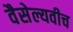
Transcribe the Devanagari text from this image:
वैसेल्यवीच